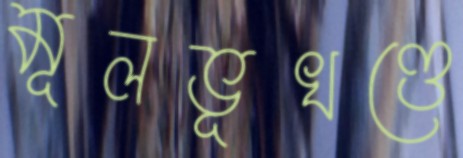
মূলভূখণ্ডে